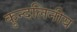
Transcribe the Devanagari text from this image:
कुन्दलिनीय